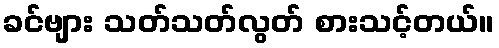
ခင်ဗျား သတ်သတ်လွတ် စားသင့်တယ်။